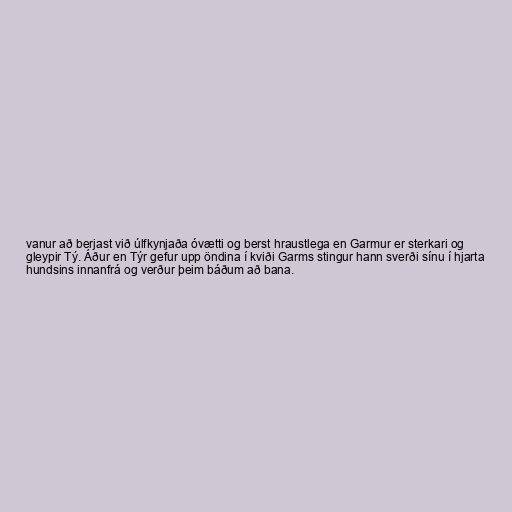
vanur að berjast við úlfkynjaða óvætti og berst hraustlega en Garmur er sterkari og
gleypir Tý. Áður en Týr gefur upp öndina í kviði Garms stingur hann sverði sínu í hjarta
hundsins innanfrá og verður þeim báðum að bana.